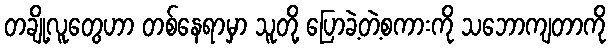
တချို့လူတွေဟာ တစ်နေရာမှာ သူတို့ ပြောခဲ့တဲ့စကားကို သဘောကျတာကို